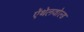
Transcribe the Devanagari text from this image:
ऍथेलवोल्ड